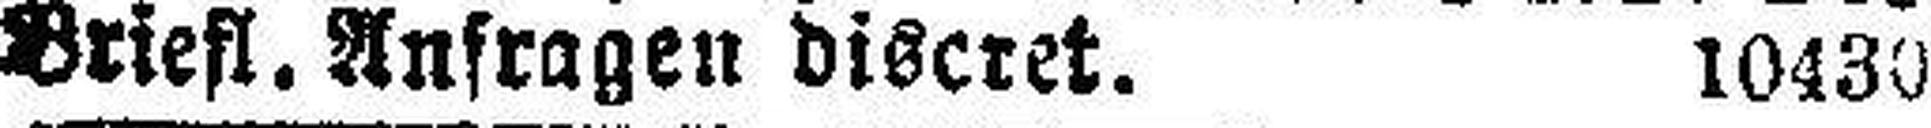
Briefl. Anfragen discret. 10430